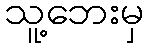
သူ့ဘေးမှ